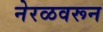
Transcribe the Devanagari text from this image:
नेरळवरून